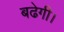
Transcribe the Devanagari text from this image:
बढेगी।